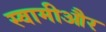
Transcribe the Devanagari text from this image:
स्वामीऔर